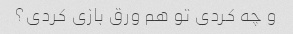
و چه کردی تو هم ورق بازی کردی؟